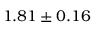
1 . 8 1 \pm 0 . 1 6